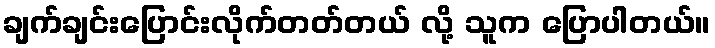
ချက်ချင်းပြောင်းလိုက်တတ်တယ် လို့ သူက ပြောပါတယ်။